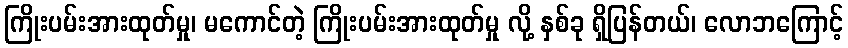
ကြိုးပမ်းအားထုတ်မှု၊ မကောင်တဲ့ ကြိုးပမ်းအားထုတ်မှု လို့ နှစ်ခု ရှိပြန်တယ်၊ လောဘကြောင့်